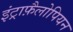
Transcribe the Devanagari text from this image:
इंट्राफ़ैलोपियन